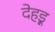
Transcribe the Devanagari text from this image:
देहड़ू